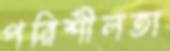
পরিশীলতা